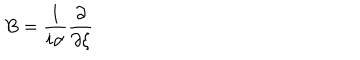
B = \frac { 1 } { i \alpha } \frac { \partial } { \partial \xi }